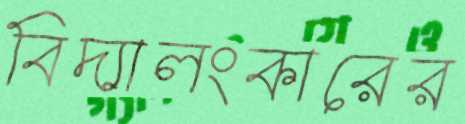
বিদ্যালংকারের